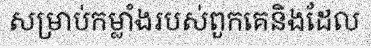
សម្រាប់កម្លាំងរបស់ពួកគេនិងដែល